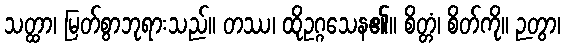
သတ္ထာ၊ မြတ်စွာဘုရားသည်။ တဿ၊ ထိုဥဂ္ဂသေန၏။ စိတ္တံ၊ စိတ်ကို။ ဉတွာ၊